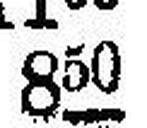
850